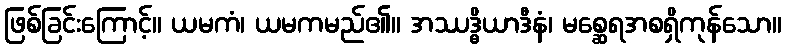
ဖြစ်ခြင်းကြောင့်။ ယမကံ၊ ယမကမည်၏။ အဿဒ္ဓိယာဒီနံ၊ မစ္ဆေရအစရှိကုန်သော။